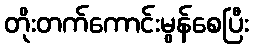
တိုးတက်ကောင်းမွန်စေပြီး